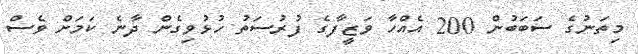
މިތަނުގެ ސަބަބުން 200 އެއްހާ ވަޒީފާގެ ފުރުސަތު ހުޅުވިގެން ދާނެ ކަމަށް ވެސް